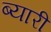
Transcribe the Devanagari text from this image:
ब्यारी